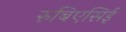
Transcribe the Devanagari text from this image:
रुबिएसिई